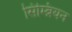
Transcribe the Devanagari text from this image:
सिम्ब्रियन